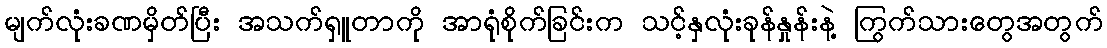
မျက်လုံးခဏမှိတ်ပြီး အသက်ရှူတာကို အာရုံစိုက်ခြင်းက သင့်နှလုံးခုန်နှုန်းနဲ့ ကြွက်သားတွေအတွက်